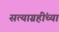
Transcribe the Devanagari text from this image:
सत्याग्रहींच्या